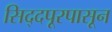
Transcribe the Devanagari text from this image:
सिद्दपूरपासून